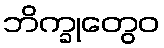
ဘိက္ခုတွေဝ